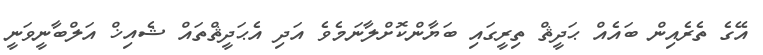
އޭގެ ތެރެއިން ބައެއް ޙަދީޘް ތިރީގައި ބަޔާންކޮށްލާނަމެވެ އަދި އެޙަދީޘްތައް ޝެއިޚް އަލްބާނީވަނީ